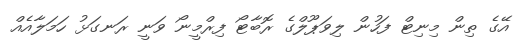
އޭގެ ތިން މިނިޓް ފަހުން ލިވަޕޫލްގެ ރޮބާޓޯ ފިރްމީނޯ ވަނީ ރަނގަޅު ހަމަލާއެއް